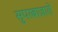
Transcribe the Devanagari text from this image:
सुपरबाज़ारों